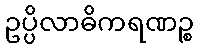
ဥပ္ပိလာဓိကရဏဉ္စ